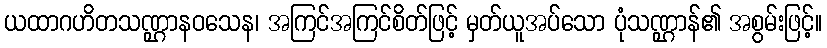
ယထာဂဟိတသဏ္ဌာနဝသေန၊ အကြင်အကြင်စိတ်ဖြင့် မှတ်ယူအပ်သော ပုံသဏ္ဌာန်၏ အစွမ်းဖြင့်။